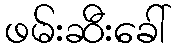
ဖမ်းဆီးခေါ်